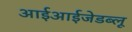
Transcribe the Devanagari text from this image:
आईआईजेडब्लू